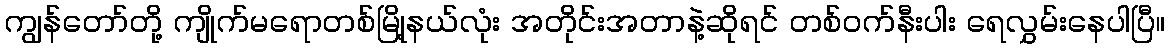
ကျွန်တော်တို့ ကျိုက်မရောတစ်မြို့နယ်လုံး အတိုင်းအတာနဲ့ဆိုရင် တစ်ဝက်နီးပါး ရေလွှမ်းနေပါပြီ။